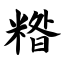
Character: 糌